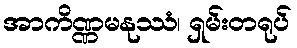
အာကိဏ္ဏမနုဿံ၊ ရှမ်းတရုပ်